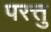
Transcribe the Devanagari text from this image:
परत्तु